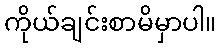
ကိုယ်ချင်းစာမိမှာပါ။